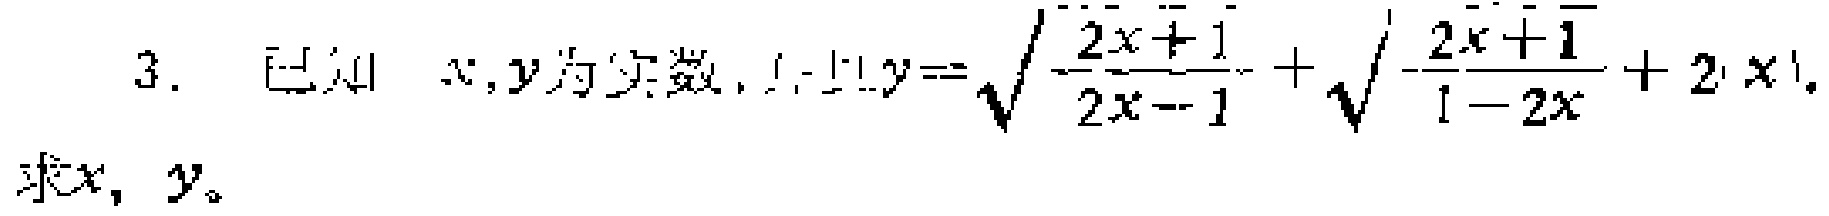
已知 \(x,y\)为实数，且\(y = \sqrt{\frac{2x + 1}{2x - 1}}+\sqrt{\frac{-2x - 1}{1 - 2x}}+2\left|x\right|\)。求\(x\)，\(y\)。